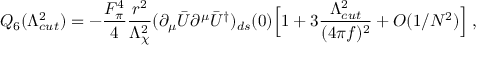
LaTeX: Q _ { 6 } ( \Lambda _ { c u t } ^ { 2 } ) = - \frac { F _ { \pi } ^ { 4 } } { 4 } \frac { r ^ { 2 } } { \Lambda _ { \chi } ^ { 2 } } ( \partial _ { \mu } \bar { U } \partial ^ { \mu } \bar { U } ^ { \dagger } ) _ { d s } ( 0 ) \Big [ 1 + 3 \frac { \Lambda _ { c u t } ^ { 2 } } { ( 4 \pi f ) ^ { 2 } } + { \cal O } ( 1 / N ^ { 2 } ) \Big ] \; ,